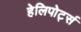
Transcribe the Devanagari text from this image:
हेलिपोर्ट्स